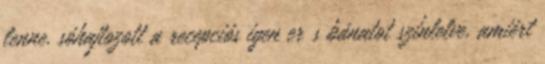
lenne. sóhajtozott a recepciós igen erıs bánatot színlelve, amiért